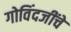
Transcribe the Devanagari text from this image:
गोविंदजींचे